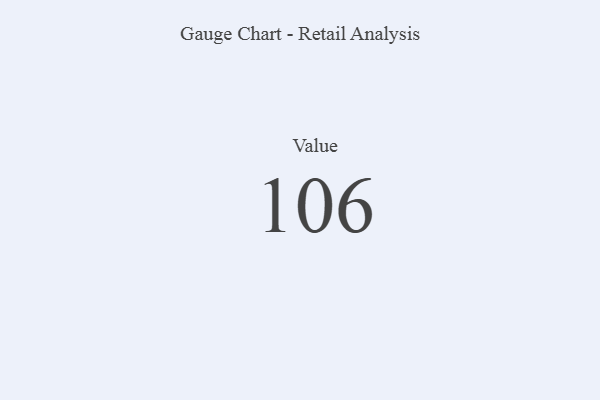
{"axis": {"x": "Metric", "y": "Value"}, "legend": [""], "data": [{"x": "Value", "y": 106, "type": ""}]}